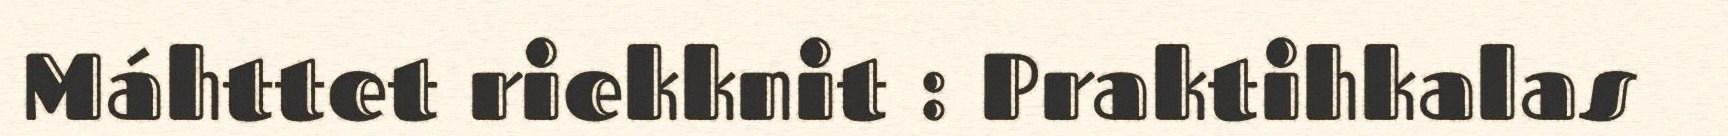
Máhttet riekknit : Praktihkalas